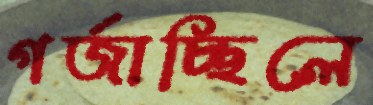
গর্‌জাচ্ছিলে